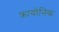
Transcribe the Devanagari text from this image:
क्रायोनिक